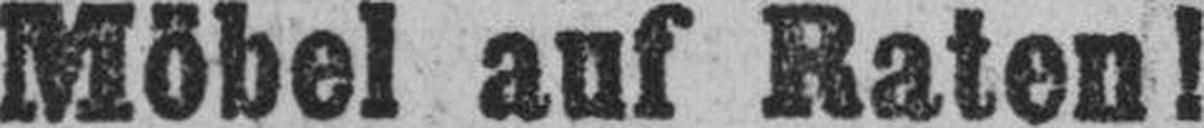
Möbel auf Raten!